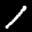
Label: 1